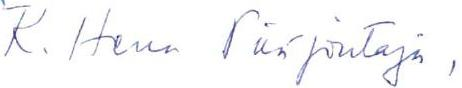
R. Herra Pääjohtaja,